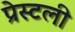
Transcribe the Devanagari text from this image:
प्रेस्टली